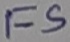
Text: FS